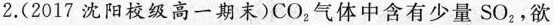
2.(2017沈阳校级高一期末)CO_{2}气体中含有少量SO_{2}，欲